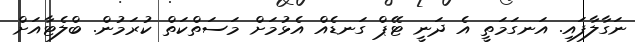
ނަގާލާފައި. އަނގަމަތީ އެ ދަނީ ޓޭޕް ގަނޑެއް އެޅުމަށް މަސަތްކަތް ކުރަމުން. ބްލެޓާއަށް